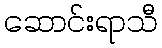
ဆောင်းရာသီ